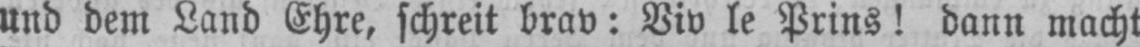
und dem Land Ehre, schreit brav: Viv le Prins! dann macht